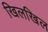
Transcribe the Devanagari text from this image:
खिलखिल